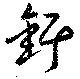
釬